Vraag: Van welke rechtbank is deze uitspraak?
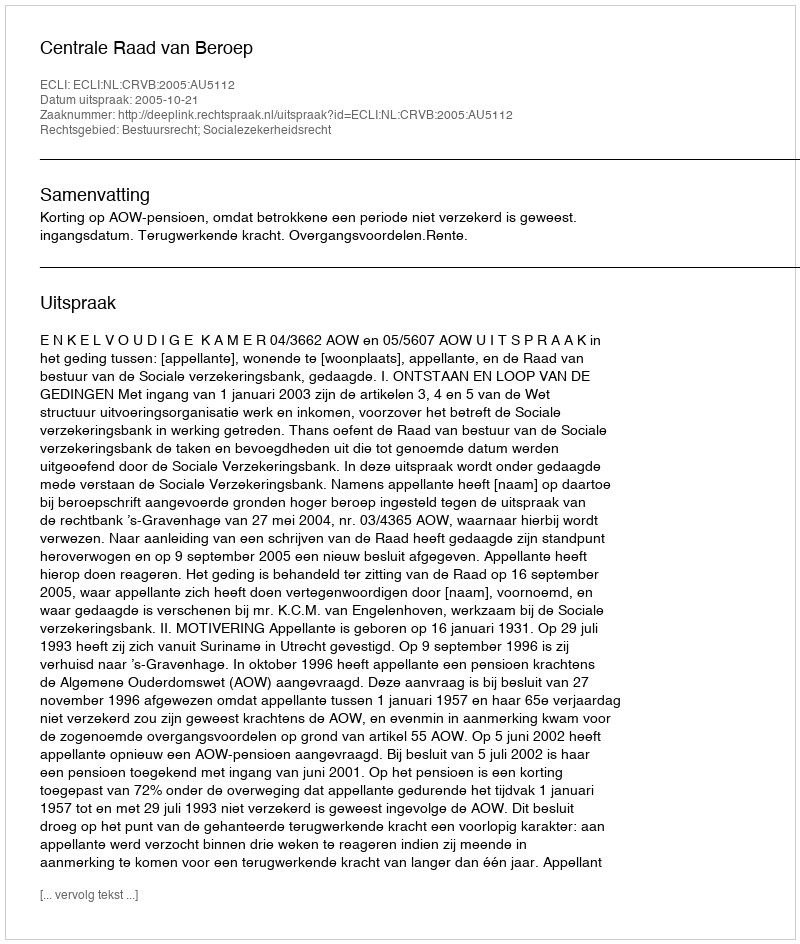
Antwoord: Centrale Raad van Beroep